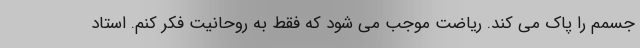
جسمم را پاک می کند. ریاضت موجب می شود که فقط به روحانیت فکر کنم. استاد